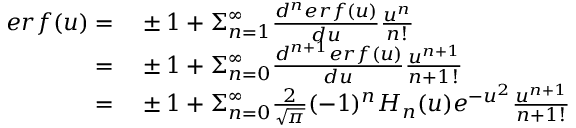
\begin{array} { r l } { e r f ( u ) = } & { { } \pm 1 + \Sigma _ { n = 1 } ^ { \infty } \frac { d ^ { n } e r f ( u ) } { d u } \frac { u ^ { n } } { n ! } } \\ { = } & { { } \pm 1 + \Sigma _ { n = 0 } ^ { \infty } \frac { d ^ { n + 1 } e r f ( u ) } { d u } \frac { u ^ { n + 1 } } { { n + 1 } ! } } \\ { = } & { { } \pm 1 + \Sigma _ { n = 0 } ^ { \infty } \frac { 2 } { \sqrt { \pi } } ( - 1 ) ^ { n } H _ { n } ( u ) e ^ { - u ^ { 2 } } \frac { u ^ { n + 1 } } { { n + 1 } ! } } \end{array}